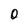
Character: O